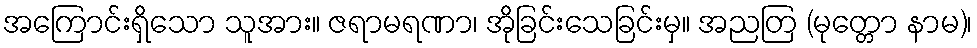
အကြောင်းရှိသော သူအား။ ဇရာမရဏာ၊ အိုခြင်းသေခြင်းမှ။ အညတြ (မုတ္တော နာမ)၊